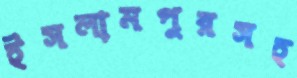
ইসলামপুরসহ